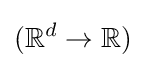
(\mathbb {R} ^{d}\to \mathbb {R} )